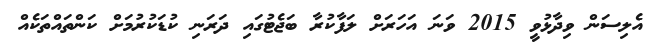
އެލިސަން ވިދާޅުވީ 2015 ވަނަ އަހަރަށް ލަފާކުރާ ބަޖެޓުގައި ދަރަނި ކުޑަކުރުމަށް ކަންތައްތަކެއް